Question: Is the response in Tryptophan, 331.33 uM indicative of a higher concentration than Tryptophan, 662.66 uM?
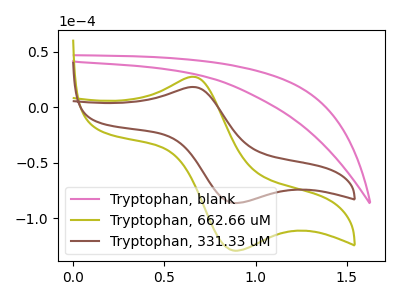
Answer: <think>The pink curve "Tryptophan, blank" has no peaks. The olive curve "Tryptophan, 662.66 uM" has an anodic peak at (0.65V, 27.60uA) and a cathodic peak at (0.90V, -128.95uA). The brown curve "Tryptophan, 331.33 uM" has an anodic peak at (0.65V, 18.40uA) and a cathodic peak at (0.90V, -86.00uA).
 All the peaks in "Tryptophan, 331.33 uM" have a peak in "Tryptophan, 662.66 uM" at the same potential. Every peak in "Tryptophan, 331.33 uM" is lower than every peak in "Tryptophan, 662.66 uM".</think>
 <answer>"Tryptophan, 331.33 uM" has less signal than "Tryptophan, 662.66 uM".</answer>
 <eval>less_signal</eval>